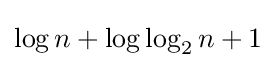
\log n+\log \log _{2}n+1